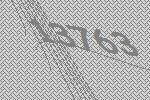
13763